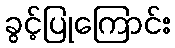
ခွင့်ပြုကြောင်း